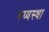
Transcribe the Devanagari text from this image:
वय्वस्था